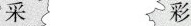
采 彩